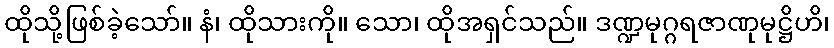
ထိုသို့ဖြစ်ခဲ့သော်။ နံ၊ ထိုသားကို။ သော၊ ထိုအရှင်သည်။ ဒဏ္ဍမုဂ္ဂရဇာဏုမုဋ္ဌိဟိ၊